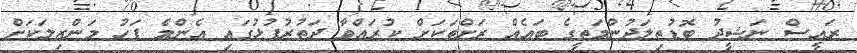
ރައީސް ނަޝީދު ބޮޑުތިލަދުންމަތީގެ ބައެއް ރަށްތަކަށް ކުރައްވާ ދަތުރުފުޅުގައި އެންމެ ފަހު މަންޒިލަކަށް